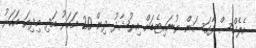
އެލެކްސް ފާގަސަން ޔުނައިޓެޑަށް އިރުޝާދު ދިން 20 އަހަރު އަދި މިދިޔަ އަހަރު